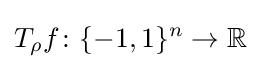
T_{\rho }f\colon \{-1,1\}^{n}\to \mathbb {R}